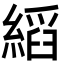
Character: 縚